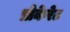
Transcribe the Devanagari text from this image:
प्रोकेरेट